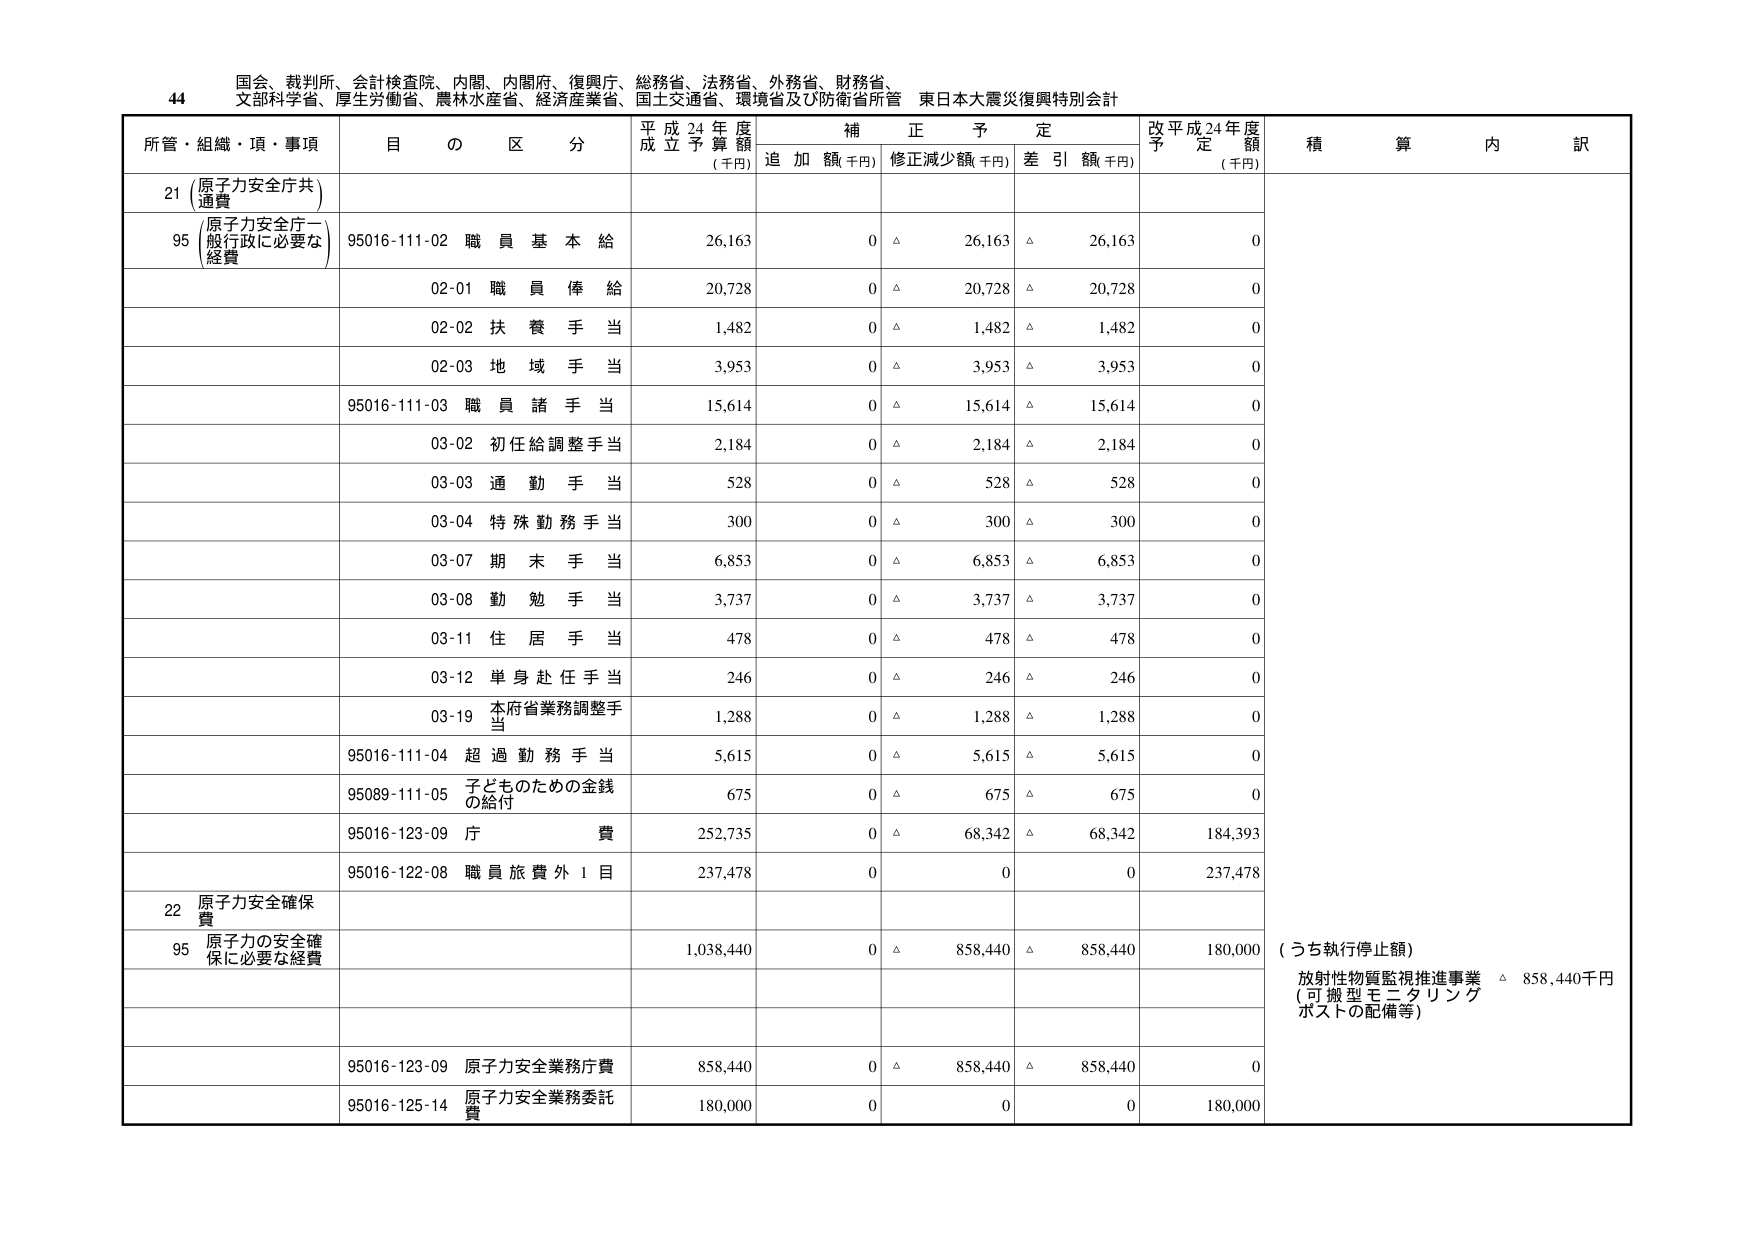
44 国会、裁判所、会計検査院、内閣、内閣府、復興庁、総務省、法務省、外務省、財務省、
文部科学省、厚生労働省、農林水産省、経済産業省、国土交通省、環境省及び防衛省所管 東日本大震災復興特別会計

所管・組織・項・事項 目 の 区 分 平成24年度 成立予算額 (千円) 補正予定 追加額(千円) 修正減少額(千円) 差引額(千円) 改平成24年度 予定額 (千円) 積算内訳

21 (原子力安全庁共通費)
95 (原子力安全庁一般行政に必要な経費)
95016-111-02 職員基本給 26,163 0 △ 26,163 △ 26,163 0
02-01 職員俸給 20,728 0 △ 20,728 △ 20,728 0
02-02 扶養手当 1,482 0 △ 1,482 △ 1,482 0
02-03 地域手当 3,953 0 △ 3,953 △ 3,953 0
95016-111-03 職員諸手当 15,614 0 △ 15,614 △ 15,614 0
03-02 初任給調整手当 2,184 0 △ 2,184 △ 2,184 0
03-03 通勤手当 528 0 △ 528 △ 528 0
03-04 特殊勤務手当 300 0 △ 300 △ 300 0
03-07 期末手当 6,853 0 △ 6,853 △ 6,853 0
03-08 勤勉手当 3,737 0 △ 3,737 △ 3,737 0
03-11 住居手当 478 0 △ 478 △ 478 0
03-12 単身赴任手当 246 0 △ 246 △ 246 0
03-19 本府省業務調整手当 1,288 0 △ 1,288 △ 1,288 0
95016-111-04 超過勤務手当 5,615 0 △ 5,615 △ 5,615 0
95089-111-05 子どものための金銭の給付 675 0 △ 675 △ 675 0
95016-123-09 庁費 252,735 0 △ 68,342 △ 68,342 184,393
95016-122-08 職員旅費外1目 237,478 0 0 0 237,478

22 原子力安全確保費
95 原子力の安全確保に必要な経費 1,038,440 0 △ 858,440 △ 858,440 180,000 (うち執行停止額)
放射性物質監視推進事業 △ 858,440千円
(可搬型モニタリングポストの配備等)

95016-123-09 原子力安全業務庁費 858,440 0 △ 858,440 △ 858,440 0
95016-125-14 原子力安全業務委託費 180,000 0 0 0 180,000